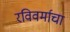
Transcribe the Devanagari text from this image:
रविवर्माचा